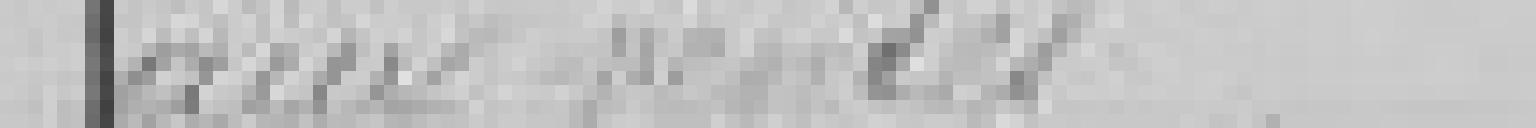
aux ventes